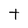
Character: t